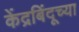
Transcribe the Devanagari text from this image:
केंद्रबिंदूच्या